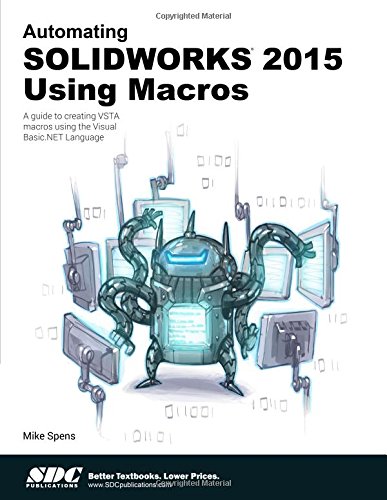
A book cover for Automating SOLIDWORKS 2015 Using Macros; Mike Spens; Computers & Technology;